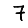
Digit: 7